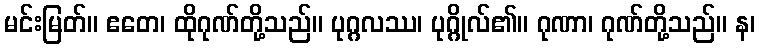
မင်းမြတ်။ ဧတေ၊ ထိုဂုဏ်တို့သည်။ ပုဂ္ဂလဿ၊ ပုဂ္ဂိုလ်၏။ ဂုဏာ၊ ဂုဏ်တို့သည်။ န၊